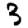
Digit: 3